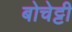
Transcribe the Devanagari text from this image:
बोचेट्टी